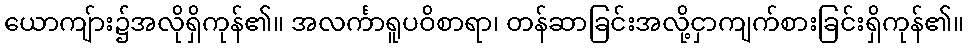
ယောကျ်ား၌အလိုရှိကုန်၏။ အလင်္ကာရူပဝိစာရာ၊ တန်ဆာခြင်းအလို့ငှာကျက်စားခြင်းရှိကုန်၏။